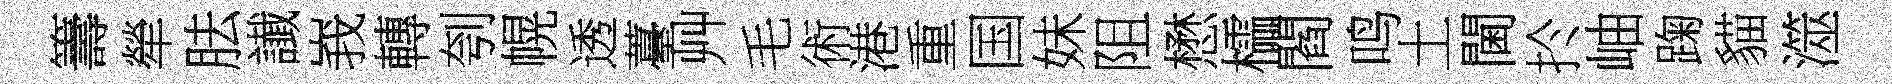
籌犖胠䜟峩轉刳幌透薹艸毛術港重国妹阻懋櫺閻鸣土閫扵岫踘貓澨